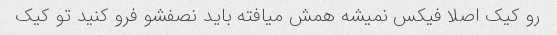
رو کیک اصلا فیکس نمیشه همش میافته باید نصفشو فرو کنید تو کیک